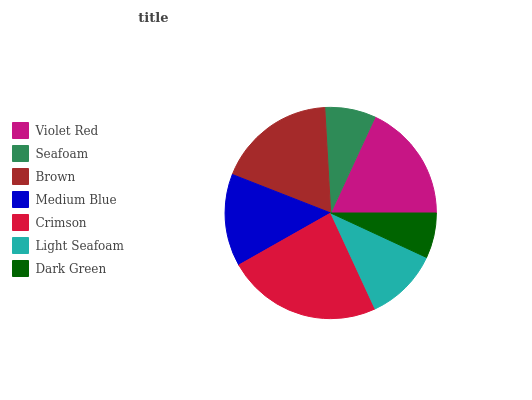
| Violet Red | Seafoam | Brown | Medium Blue | Crimson | Light Seafoam | Dark Green |
 | --- | --- | --- | --- | --- | --- | --- |
 | 18.1% | 7.8% | 18.1% | 14.1% | 23.7% | 11.2% | 6.9% |